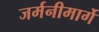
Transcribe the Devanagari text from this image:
जर्मनीमार्गे